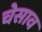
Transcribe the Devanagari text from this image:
चेसाव